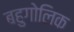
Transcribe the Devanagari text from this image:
बहुगोलिक